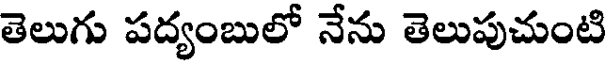
తెలుగు పద్యంబులో నేను తెలుపుచుంటి